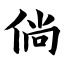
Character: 倘